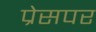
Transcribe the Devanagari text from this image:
प्रेसपर